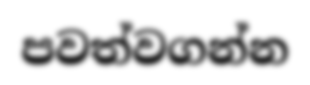
පවත්වගන්න